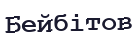
Бейбітов